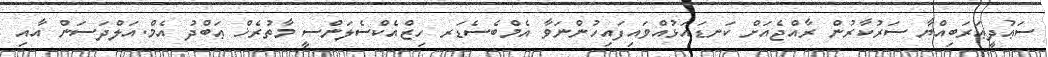
ސަޢުދީޢަރަބިއްޔާ ސަރުކާރުން ރާއްޖެއަށް ކަނޑައަޅުއްވައިފައިހުންނަވާ އެމްބެސެޑަރ ހިޒްއެކްސެލަންސީ މާތުރެޚް ޢަބްދު އެމް.އަލްދަސަން އާއި